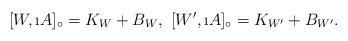
LaTeX: \begin{align*}[W,\i A]_{\circ} = K_{W} + B_{W}, \ [W',\i A]_{\circ} = K_{W'} + B_{W'}.\end{align*}